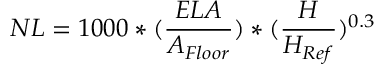
N L = 1 0 0 0 * ( { \frac { E L A } { A _ { F l o o r } } } ) * ( { \frac { H } { H _ { R e f } } } ) ^ { 0 . 3 } \,